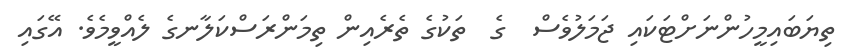
ތިޔަބައިމީހުންނަށްޓަކައި ޖަމަލުވެސް  ގެ  ތަކުގެ ތެރެއިން ތިމަންރަސްކަލާނގެ ލެއްވީމެވެ. އޭގައި